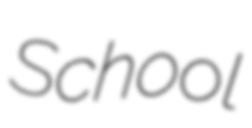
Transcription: School